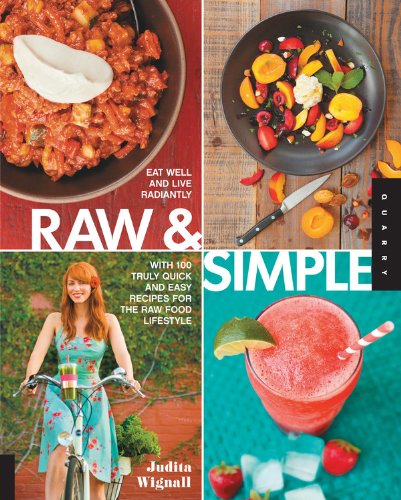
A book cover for Raw and Simple: Eat Well and Live Radiantly with 100 Truly Quick and Easy Recipes for the Raw Food Lifestyle; Judita Wignall; Cookbooks, Food & Wine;